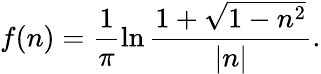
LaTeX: f(n)=\frac{1}{\pi}\ln\frac{1+\sqrt{1-n^{2}}}{|n|}.